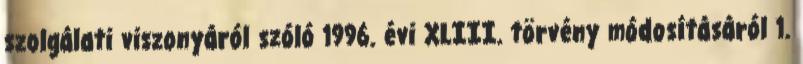
szolgálati viszonyáról szóló 1996. évi XLIII. törvény módosításáról 1.